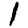
Digit: 1